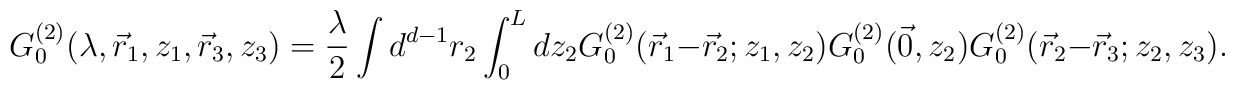
G_{0}^{(2)}(\lambda,\vec{r}_{1},z_{1},\vec{r}_{3},z_{3}) =\frac{\lambda}{2}\int d^{d-1}r_{2}\int_{0}^{L}dz_{2}G_{0}^{(2)}(\vec{r}_{1}-\vec{r}_{2};z_{1},z_{2})G_{0}^{(2)}(\vec{0},z_{2})G_{0}^{(2)}(\vec{r}_{2}-\vec{r}_{3};z_{2},z_{3}).